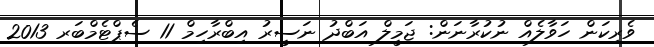
ވެރިކަން ހަވާލެއް ނުކުރާނަން: ޖަމީލް އަބްދު ނަސީރު އިބްރާހިމް 11 ސެޕްޓެމްބަރ 2013